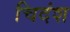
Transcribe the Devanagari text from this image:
चिदंश